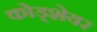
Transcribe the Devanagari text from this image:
कोड्शेयर